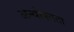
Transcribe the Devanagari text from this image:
अन्थोफ्यता